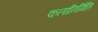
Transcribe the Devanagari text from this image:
कलानिर्मिति